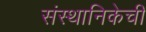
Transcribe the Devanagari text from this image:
संस्थानिकेची